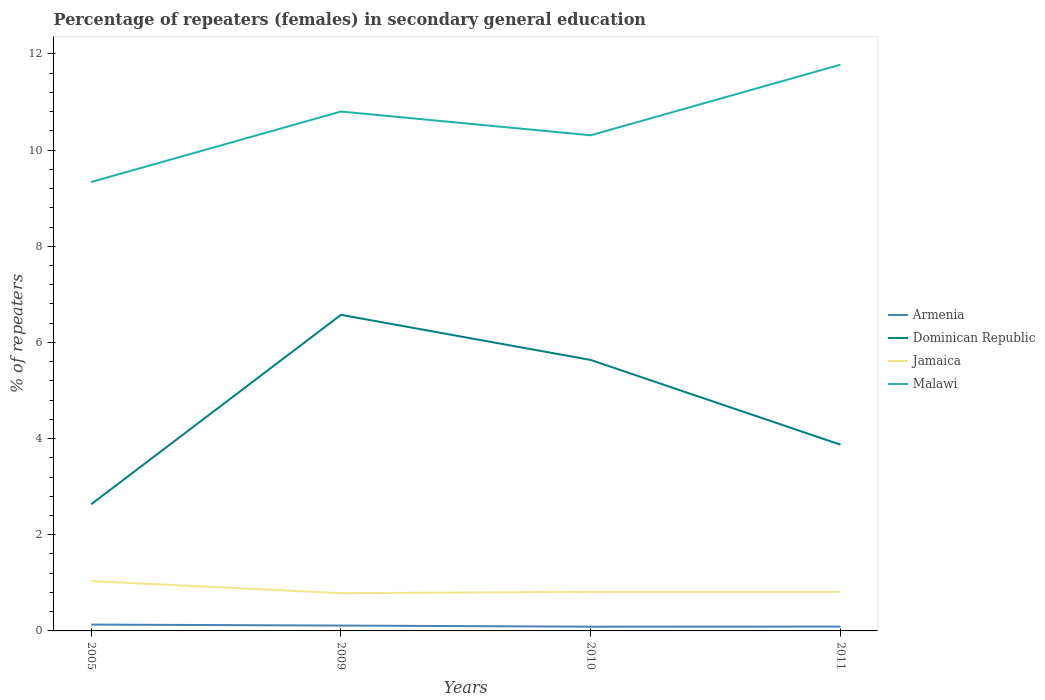
| Years | Armenia | Dominican Republic | Jamaica | Malawi |
 | --- | --- | --- | --- | --- |
 | 2005 | 0.131 | 2.63 | 1.04 | 9.34 |
 | 2009 | 0.111 | 6.57 | 0.784 | 10.8 |
 | 2010 | 0.0879 | 5.64 | 0.813 | 10.3 |
 | 2011 | 0.09 | 3.87 | 0.813 | 11.8 |